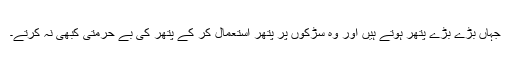
جہاں بڑے بڑے پتھر ہوتے ہیں اور وہ سڑکوں پر پتھر استعمال کر کے پتھر کی بے حرمتی کبھی نہ کرتے۔